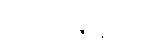
အဿာဇာနီယာ